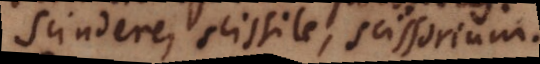
Scindere, scissile, scissorium.